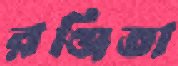
রঞ্জিতা